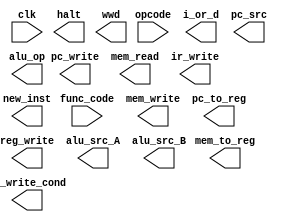
module control_unit(opcode, func_code, clk, pc_write_cond, pc_write, i_or_d, mem_read, mem_to_reg, mem_write, ir_write, pc_to_reg, pc_src, halt, wwd, new_inst, reg_write, alu_src_A, alu_src_B, alu_op);
  input [3:0] opcode;
  input [5:0] func_code;
  input clk;

  output reg pc_write_cond, pc_write, i_or_d, mem_read, mem_to_reg, mem_write, ir_write, pc_src;
  //additional control signals. pc_to_reg: to support JAL, JRL. halt: to support HLT. wwd: to support WWD. new_inst: new instruction start
  output reg pc_to_reg, halt, wwd, new_inst;
  output reg [1:0] reg_write, alu_src_A, alu_src_B;
  output reg alu_op;


   //TODO: implement control unit


endmodule